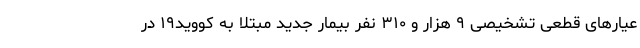
عیارهای قطعی تشخیصی ۹ هزار و ۳۱۰ نفر بیمار جدید مبتلا به کووید۱۹ در